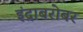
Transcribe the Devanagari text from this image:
इंद्राबरोबर